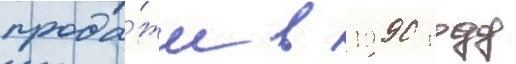
прода́жи в 1990 году